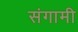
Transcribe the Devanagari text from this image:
संगामी